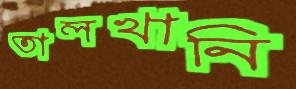
তালখানি